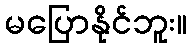
မပြောနိုင်ဘူး။